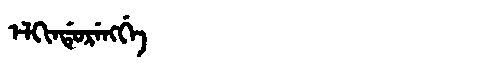
Manchu: ᡝᠯᡴᡳᠨᡩᡠᡵᡝᠩᡤᡝ
Romanization: ELKINDURENGGE